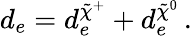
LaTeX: d_{e}=d_{e}^{\tilde{\chi}^{+}}+d_{e}^{\tilde{\chi}^{0}}\, .